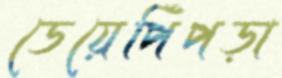
ডেয়েপিঁপড়া